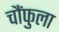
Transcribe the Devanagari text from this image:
चौंफुला